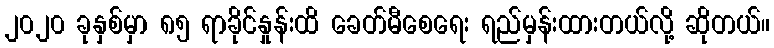
၂၀၂၀ ခုနှစ်မှာ ၈၅ ရာခိုင်နှုန်းထိ ခေတ်မီစေရေး ရည်မှန်းထားတယ်လို့ ဆိုတယ်။